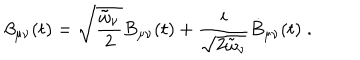
\beta _ { \mu \nu } ( t ) = \sqrt { \frac { \tilde { \omega } _ { \nu } } { 2 } } B _ { \mu \nu } ( t ) + \frac { i } { \sqrt { 2 \tilde { \omega } _ { \nu } } } \dot { B } _ { \mu \nu } ( t ) \; .